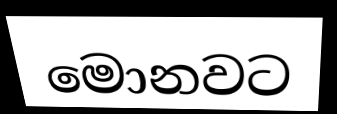
මොනවට